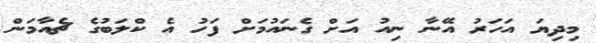
މިދިޔަ އަހަރު އޭނާ ނިއު އަށް ގެނައުމަށް ފަހު އެ ކްލަބުގެ ޗެއާމަން